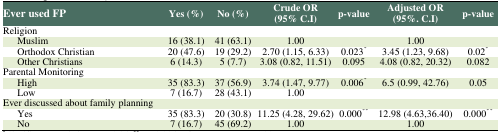
| Ever used FP | Yes (%) | No (%) | Crude OR (95% C.I) | p-value | Adjusted OR (95%. C.I) | p-value |
 | --- | --- | --- | --- | --- | --- | --- |
 | Religion |  |  |  |  |  |  |
 | Muslim | 16 (38.1) | 41 (63.1) | 1.00 |  | 1.00 |  |
 | Orthodox Christian | 20 (47.6) | 19 (29.2) | 2.70 (1.15, 6.33) | 0.023* | 3.45 (1.23, 9.68) | 0.02* |
 | Other Christians | 6 (14.3) | 5 (7.7) | 3.08 (0.82, 11.51) | 0.095 | 4.08 (0.82, 20.32) | 0.082 |
 | Parental Monitoring |  |  |  |  |  |  |
 | High | 35 (83.3) | 37 (56.9) | 3.74 (1.47, 9.77) | 0.006* | 6.5 (0.99, 42.76) | 0.05 |
 | Low | 7 (16.7) | 28 (43.1) | 1.00 |  |  |  |
 | Ever discussed about family planning |  |  |  |  |  |  |
 | Yes | 35 (83.3) | 20 (30.8) | 11.25 (4.28, 29.62) | 0.000** | 12.98 (4.63,36.40) | 0.000** |
 | No | 7 (16.7) | 45 (69.2) | 1.00 |  | 1.00 |  |